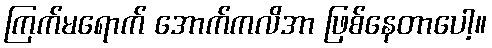
ကြက်မရောက် အောက်ကလိအာ ဖြစ်နေတာပေါ့။